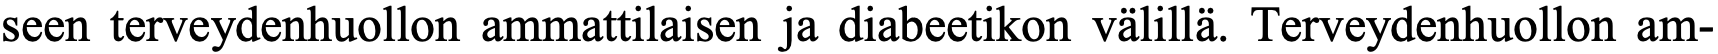
seen terveydenhuollon ammattilaisen ja diabeetikon välillä. Terveydenhuollon am-